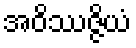
အဝိဿဇ္ဇိယံ